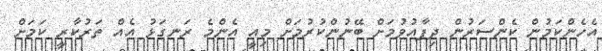
އެހެންކަމުން ކެންސަރުން ދިފާއުވުމަށް ބޭނުންކުރުމަށް މިއީ އެންމެ ރަނގަޅު އެއް ތަރުކާރީ ކަމަށް